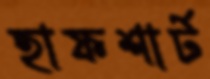
হাফশার্ট